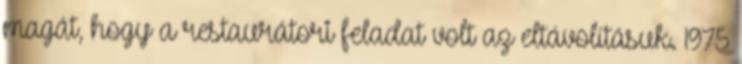
magát, hogy a restaurátori feladat volt az eltávolításuk. 1975